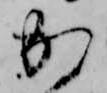
か